Annual report of the Imperial Bacteriologist
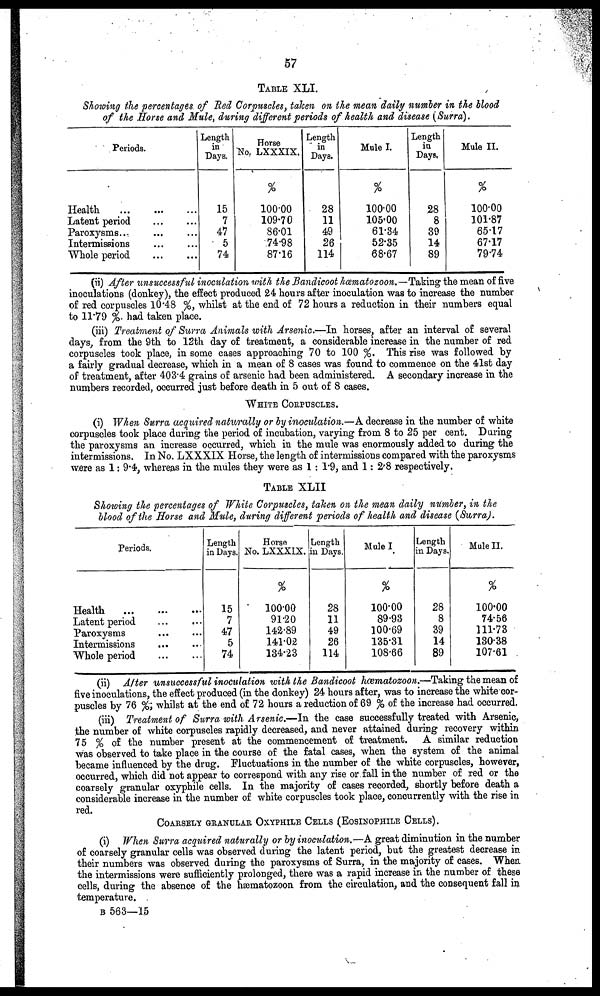
57
TABLE XLI.
Showing the percentages of Red Corpuscles, taken on the mean daily number in the blood
of the Horse and Mule, during different periods of health and disease (Surra).
Periods.
Health
...
...
...
Latent period
...
...
Paroxysms...
...
...
Intermissions
...
...
Whole period
...
...
Length
in
Days
15
7
47
5
74
Horse
No. LXXXIX
%
100.00
109.70
86.01
74.98
87.16
Length
in
Days.
28
11
49
26
114
Mule I.
%
100.00
105.00
61.34
52.35
68.67
Length
in
Days.
28
8
39
14
89
Mule II.
%
100.00
101.87
65.17
67.17
79.74
(ii) After unsuccessful inoculation with the Bandicoot hæmatozoon.—Taking the mean of five
inoculations (donkey), the effect produced 24 hours after inoculation was to increase the number
of red corpuscles 10.48 %, whilst at the end of 72 hours a reduction in their numbers equal
to 11.79 %. had taken place.
(iii) Treatment of Surra Animals with Arsenic.—In horses, after an interval of several
days, from the 9th to 12th day of treatment, a considerable increase in the number of red
corpuscles took place, in some cases approaching 70 to 100 %. This rise was followed by
a fairly gradual decrease, which in a mean of 8 cases was found to commence on the 41st day
of treatment, after 403.4 grains of arsenic had been administered. A secondary increase in the
numbers recorded, occurred just before death in 5 out of 8 cases.
WHITE CORPUSCLES.
(i) When Surra acquired naturally or by inoculation.—A decrease in the number of white
corpuscles took place during the period of incubation, varying from 8 to 25 per cent. During
the paroxysms an increase occurred, which in the mule was enormously added to during the
intermissions. In No. LXXXIX Horse, the length of intermissions compared with the paroxysms
were as 1: 9.4, whereas in the mules they were as 1: 1.9, and 1: 2.8 respectively.
TABLE XLII
Showing the percentages of White Corpuscles, taken on the mean daily number, in the
blood of the Horse and Mule, during different periods of health and disease (Surra).
Periods.
Health
...
...
...
Latent period ... ...
Paroxysms
...
...
Intermissions ... ...
Whole period
...
...
Length
in Days.
15
7
47
5
74
Horse
No. LXXXIX.
%
100.00
91.20
142.89
141.02
134.23
Length
in Days.
28
11
49
26
114
Mule I
%
100.00
89.93
100.69
135.31
108.66
Length
in Days.
28
8
39
14
89
Mule II.
%
100.00
74.56
111.73
130.38
107.61
(ii) After unsuccessful inoculation with the Bandicoot hæmatozoon.—Taking the mean of
five inoculations, the effect produced (in the donkey) 24 hours after, was to increase the white cor-
puscles by 76 %; whilst at the end of 72 hours a reduction of 69 % of the increase had occurred.
(iii) Treatment of Surra with Arsenic.—In the case successfully treated with Arsenic,
the number of white corpuscles rapidly decreased, and never attained during recovery within
75 % of the number present at the commencement of treatment. A similar reduction
was observed to take place in the course of the fatal cases, when the system of the animal
became influenced by the drug. Fluctuations in the number of the white corpuscles, however,
occurred, which did not appear to correspond with any rise or fall in the number of red or the
coarsely granular oxyphile cells. In the majority of cases recorded, shortly before death a
considerable increase in the number of white corpuscles took place, concurrently with the rise in
red.
COARSELY GRANULAR OXYPHILE CELLS (EOSINOPHILE CELLS).
(i) When Surra acquired naturally or by inoculation.—A great diminution in the number
of coarsely granular cells was observed during the latent period, but the greatest decrease in
their numbers was observed during the paroxysms of Surra, in the majority of cases. When
the intermissions were sufficiently prolonged, there was a rapid increase in the number of these
cells, during the absence of the hæmatozoon from the circulation, and the consequent fall in
temperature.
B 563—15